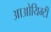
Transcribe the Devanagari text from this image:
आओयिम्टी